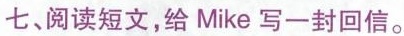
七、阅读短文,给Mike写一封回信.